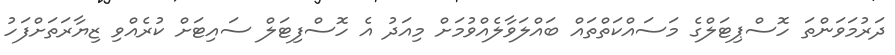
ދަރުމަވަންތަ ހޮސްޕިޓަލްގެ މަސައްކަތްތައް ބައްލަވާލެއްވުމަށް މިއަދު އެ ހޮސްފިޓަލް ސައިޓަށް ކުރެއްވި ޒިޔާރަތަށްފަހު